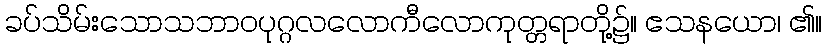
ခပ်သိမ်းသောသဘာဝပုဂ္ဂလလောကီလောကုတ္တရာတို့၌။ ဧသနယော၊ ၏။